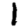
Digit: 1